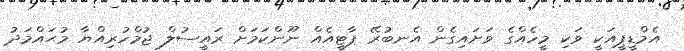
އެމްޑީޕީއަކީ ވަކި މީހެއްގެ ވަށައިގެން އެނބުރޭ ޕާޓީއެއް ނޫންކަމަށް ރައީސުލް ޖުމްހުރިއްޔާ މުޙައްމަދު